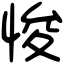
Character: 悛